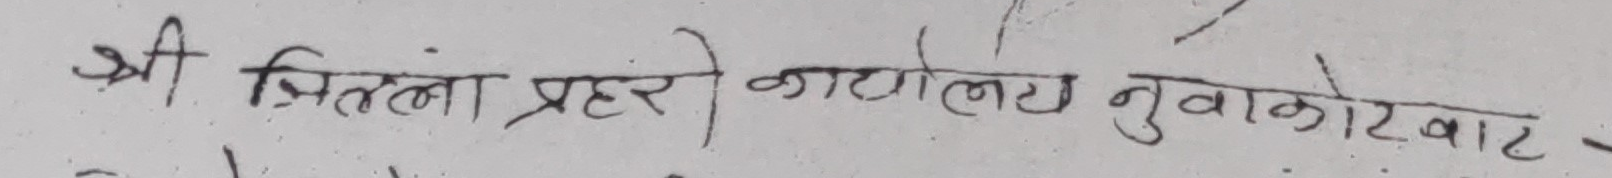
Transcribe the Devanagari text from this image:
श्री त्रितला प्रहरी कार्यालय नुवाकोटबा